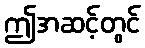
ဤအဆင့်တွင်